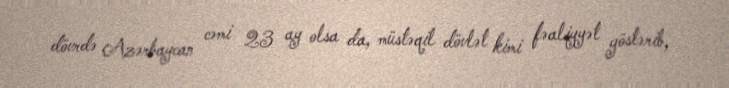
dövrdə Azərbaycan cəmi 23 ay olsa da, müstəqil dövlət kimi fəaliyyət göstərib,